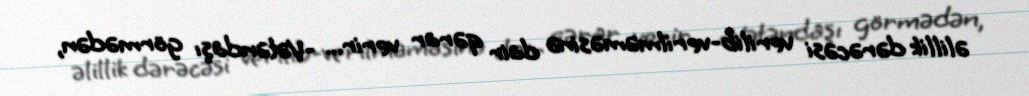
əlillik dərəcəsi verilib-verilməməsinə dair qərar verir... -Vətəndaşı görmədən,